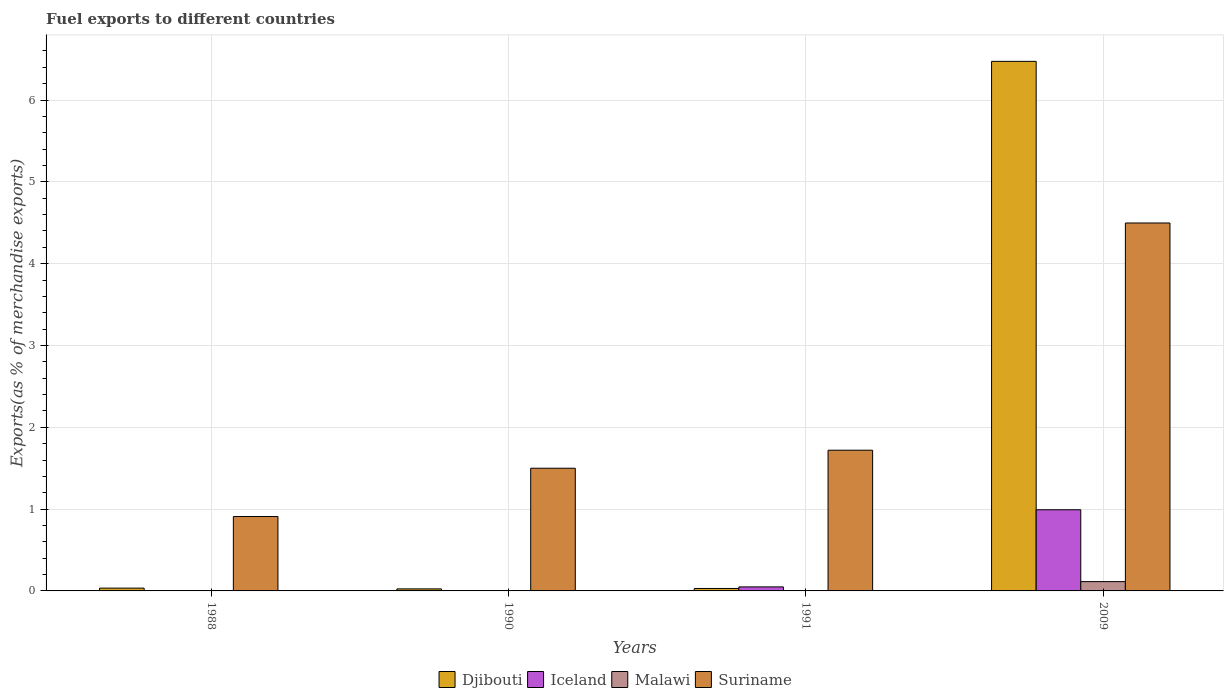
| Years | Djibouti | Iceland | Malawi | Suriname |
 | --- | --- | --- | --- | --- |
 | 1988 | 0.0342 | 0.00204 | 0.000901 | 0.909 |
 | 1990 | 0.0248 | 0.00112 | 0.00264 | 1.5 |
 | 1991 | 0.0301 | 0.0492 | 0.00251 | 1.72 |
 | 2009 | 6.47 | 0.992 | 0.114 | 4.5 |